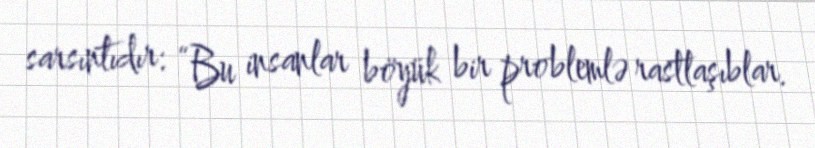
sarsıntıdır: “Bu insanlar böyük bir problemlə rastlaşıblar.